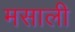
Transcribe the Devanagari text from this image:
मसाली